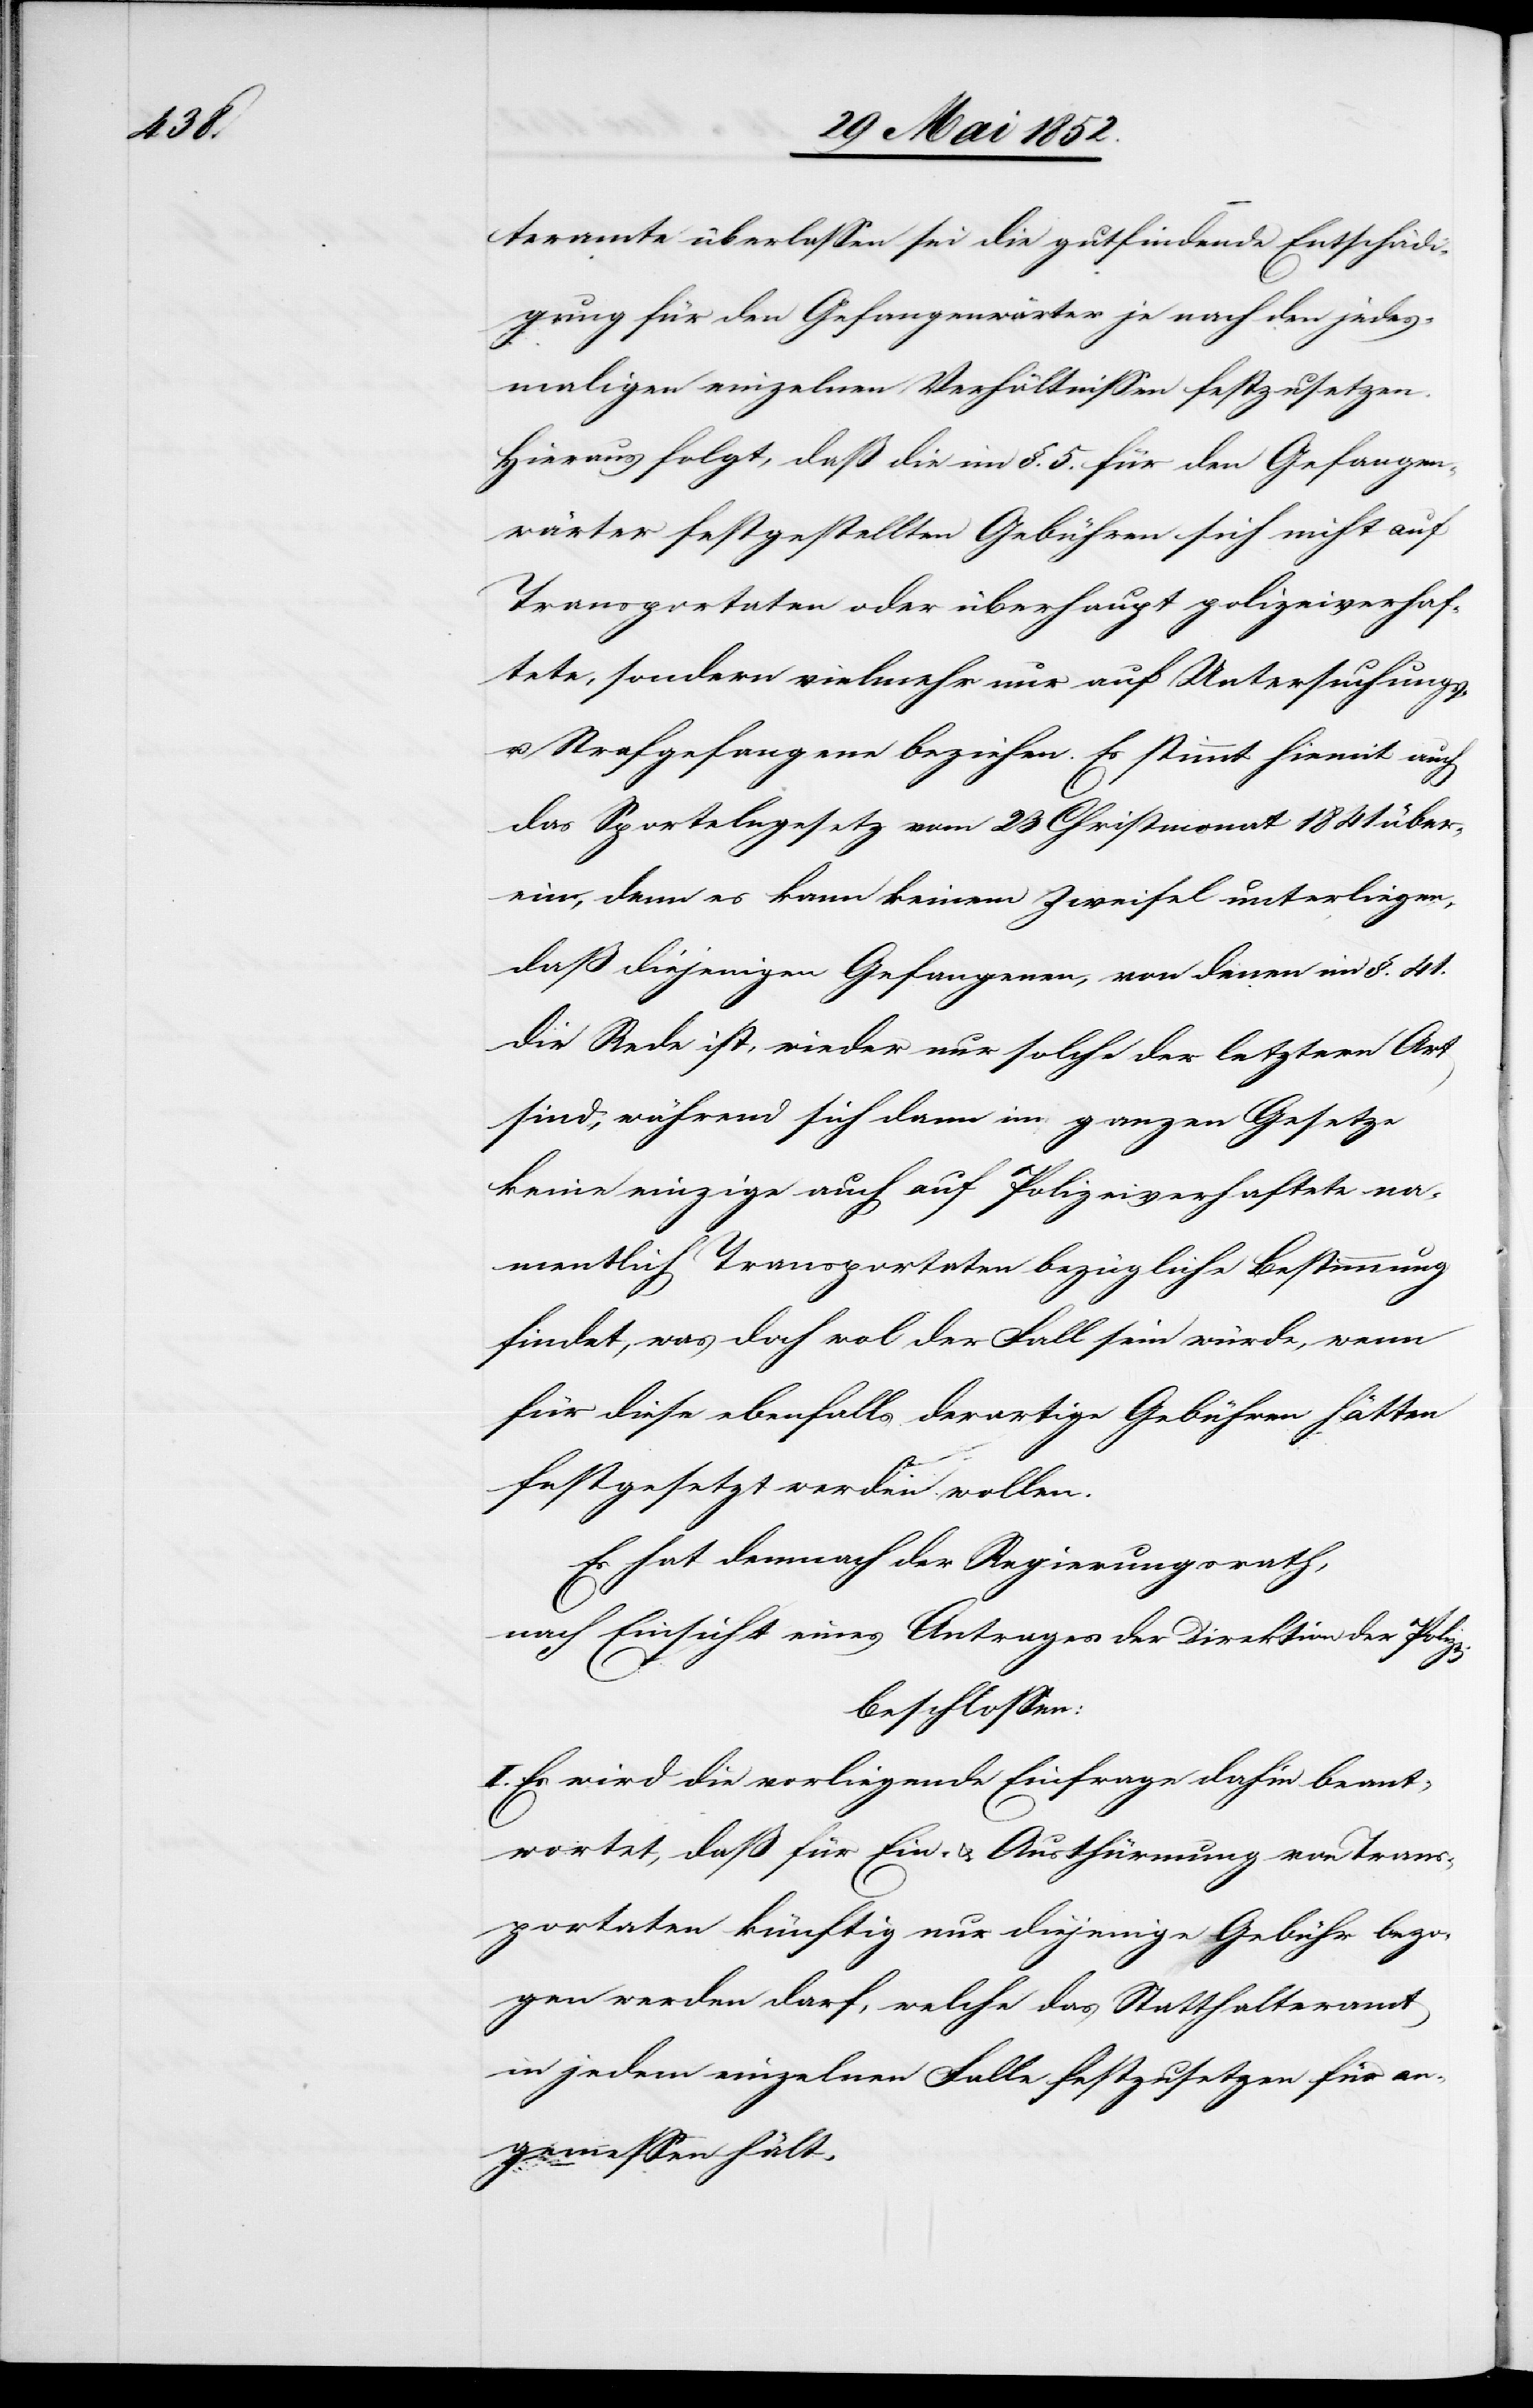
tete

teramte überlassen sei die gutfindende Entschädi¬
gung für den Gefangenwärter je nach den jedes¬
maligen einzelnen Verhältnissen festzusetzen.
Hieraus folgt, daß die im §. 5. für den Gefangen¬
wärter festgestellten Gebühren sich nicht auf
Transportaten oder überhaupt polizeiverhaf¬
[sic!], sondern vielmehr nur auf Untersuchungs-
u. Strafgefangene beziehen. Es stimmt hiemit auch
das Sportelngesetz vom 23 Christmonat 1841 über¬
ein, denn es kann keinem Zweifel unterliegen,
daß diejenigen Gefangenen, von denen im §. 41.
die Rede ist, wieder nur solche der letztern Art
sind, während sich dann im ganzen Gesetze
keine einzige auch auf Polizeiverhaftete na¬
mentlich Transportaten bezügliche Bestimmung
findet, was doch wo[h]l der Fall sein würde, wenn
für diese ebenfalls derartige Gebühren hätten
festgesetzt werden wollen.
Es hat demnach der Regierungsrath,
nach Einsicht eines Antrages der Direktion der Polizei
beschlossen:
I. Es wird die vorliegende Einfrage dahin beant¬
wortet, daß für Ein- & Austhürmung von Trans¬
portaten künftig nur diejenige Gebühr bezo¬
gen werden darf, welche das Statthalteramt
in jedem einzelnen Falle festzusetzen für an¬
gemessen hält.